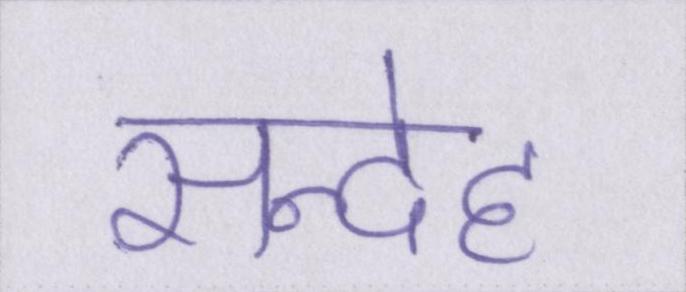
सन्देह